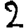
Digit: 2